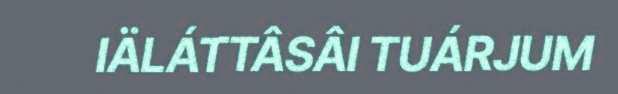
IÄLÁTTÂSÂI TUÁRJUM